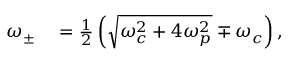
\begin{array} { r l } { \omega _ { \pm } } & { { } = \frac { 1 } { 2 } \left( \sqrt { \omega _ { c } ^ { 2 } + 4 \omega _ { p } ^ { 2 } } \mp \omega _ { c } \right) , } \end{array}